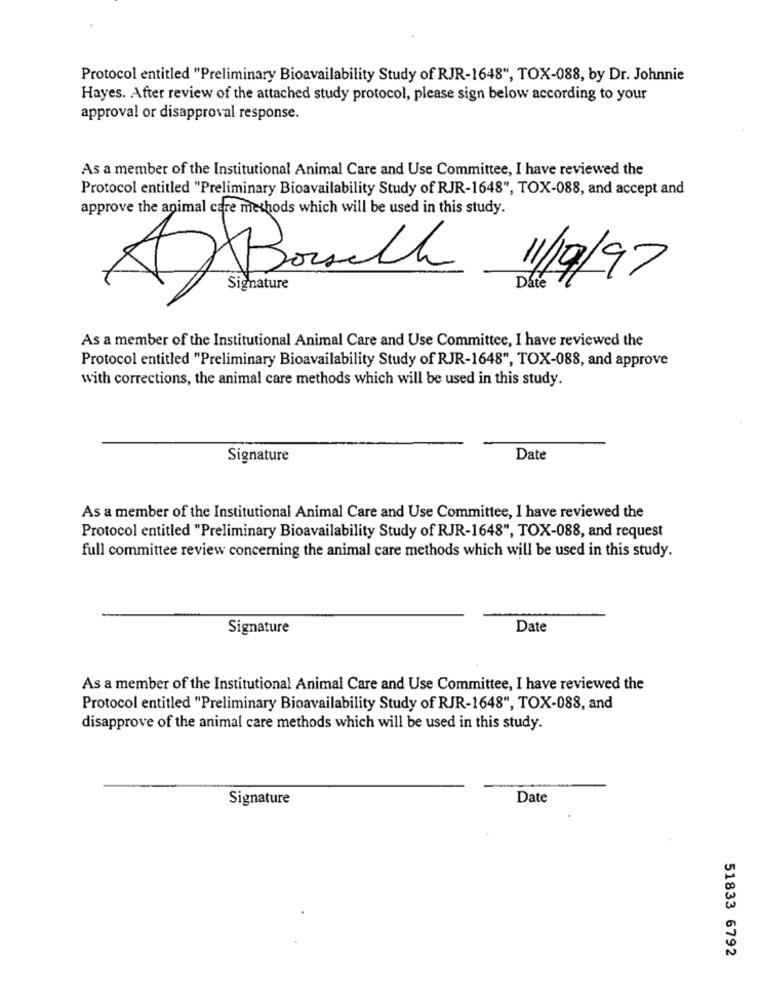
Protocol entitled "Preliminary Bioavailability Study of RJR-1648", TOX-088, by Dr. Johnnie
Hayes. After review of the attached study protocol, please sign below according to your
approval or disapproval response.
As a member of the Institutional Animal Care and Use Committee, I have reviewed the
Protocol entitled "Preliminary Bioavailability Study of RJR-1648", TOX-088, and accept and
approve the animal care methods which will be used in this study.
A)Bouch
11/9/97
Signature
Date
As a member of the Institutional Animal Care and Use Committee, I have reviewed the
Protocol entitled "Preliminary Bioavailability Study of RJR-1648", TOX-088, and approve
with corrections, the animal care methods which will be used in this study.
Signature
Date
As a member of the Institutional Animal Care and Use Committee, I have reviewed the
Protocol entitled "Preliminary Bioavailability Study of RJR-1648", TOX-088, and request
full committee review concerning the animal care methods which will be used in this study.
Signature
Date
As a member of the Institutional Animal Care and Use Committee, I have reviewed the
Protocol entitled "Preliminary Bioavailability Study of RJR-1648", TOX-088, and
disapprove of the animal care methods which will be used in this study.
Signature
Date
51833 6792